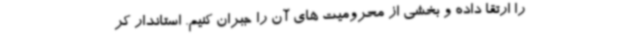
را ارتقا داده و بخشی از محرومیت های آن را جبران کنیم. استاندار کر